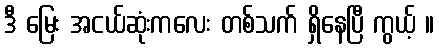
ဒီ မြေး အငယ်ဆုံးကလေး တစ်သက် ရှိနေပြီ ကွယ့် ။